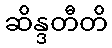
ဆိန္ဒတီတိ